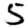
Digit: 5